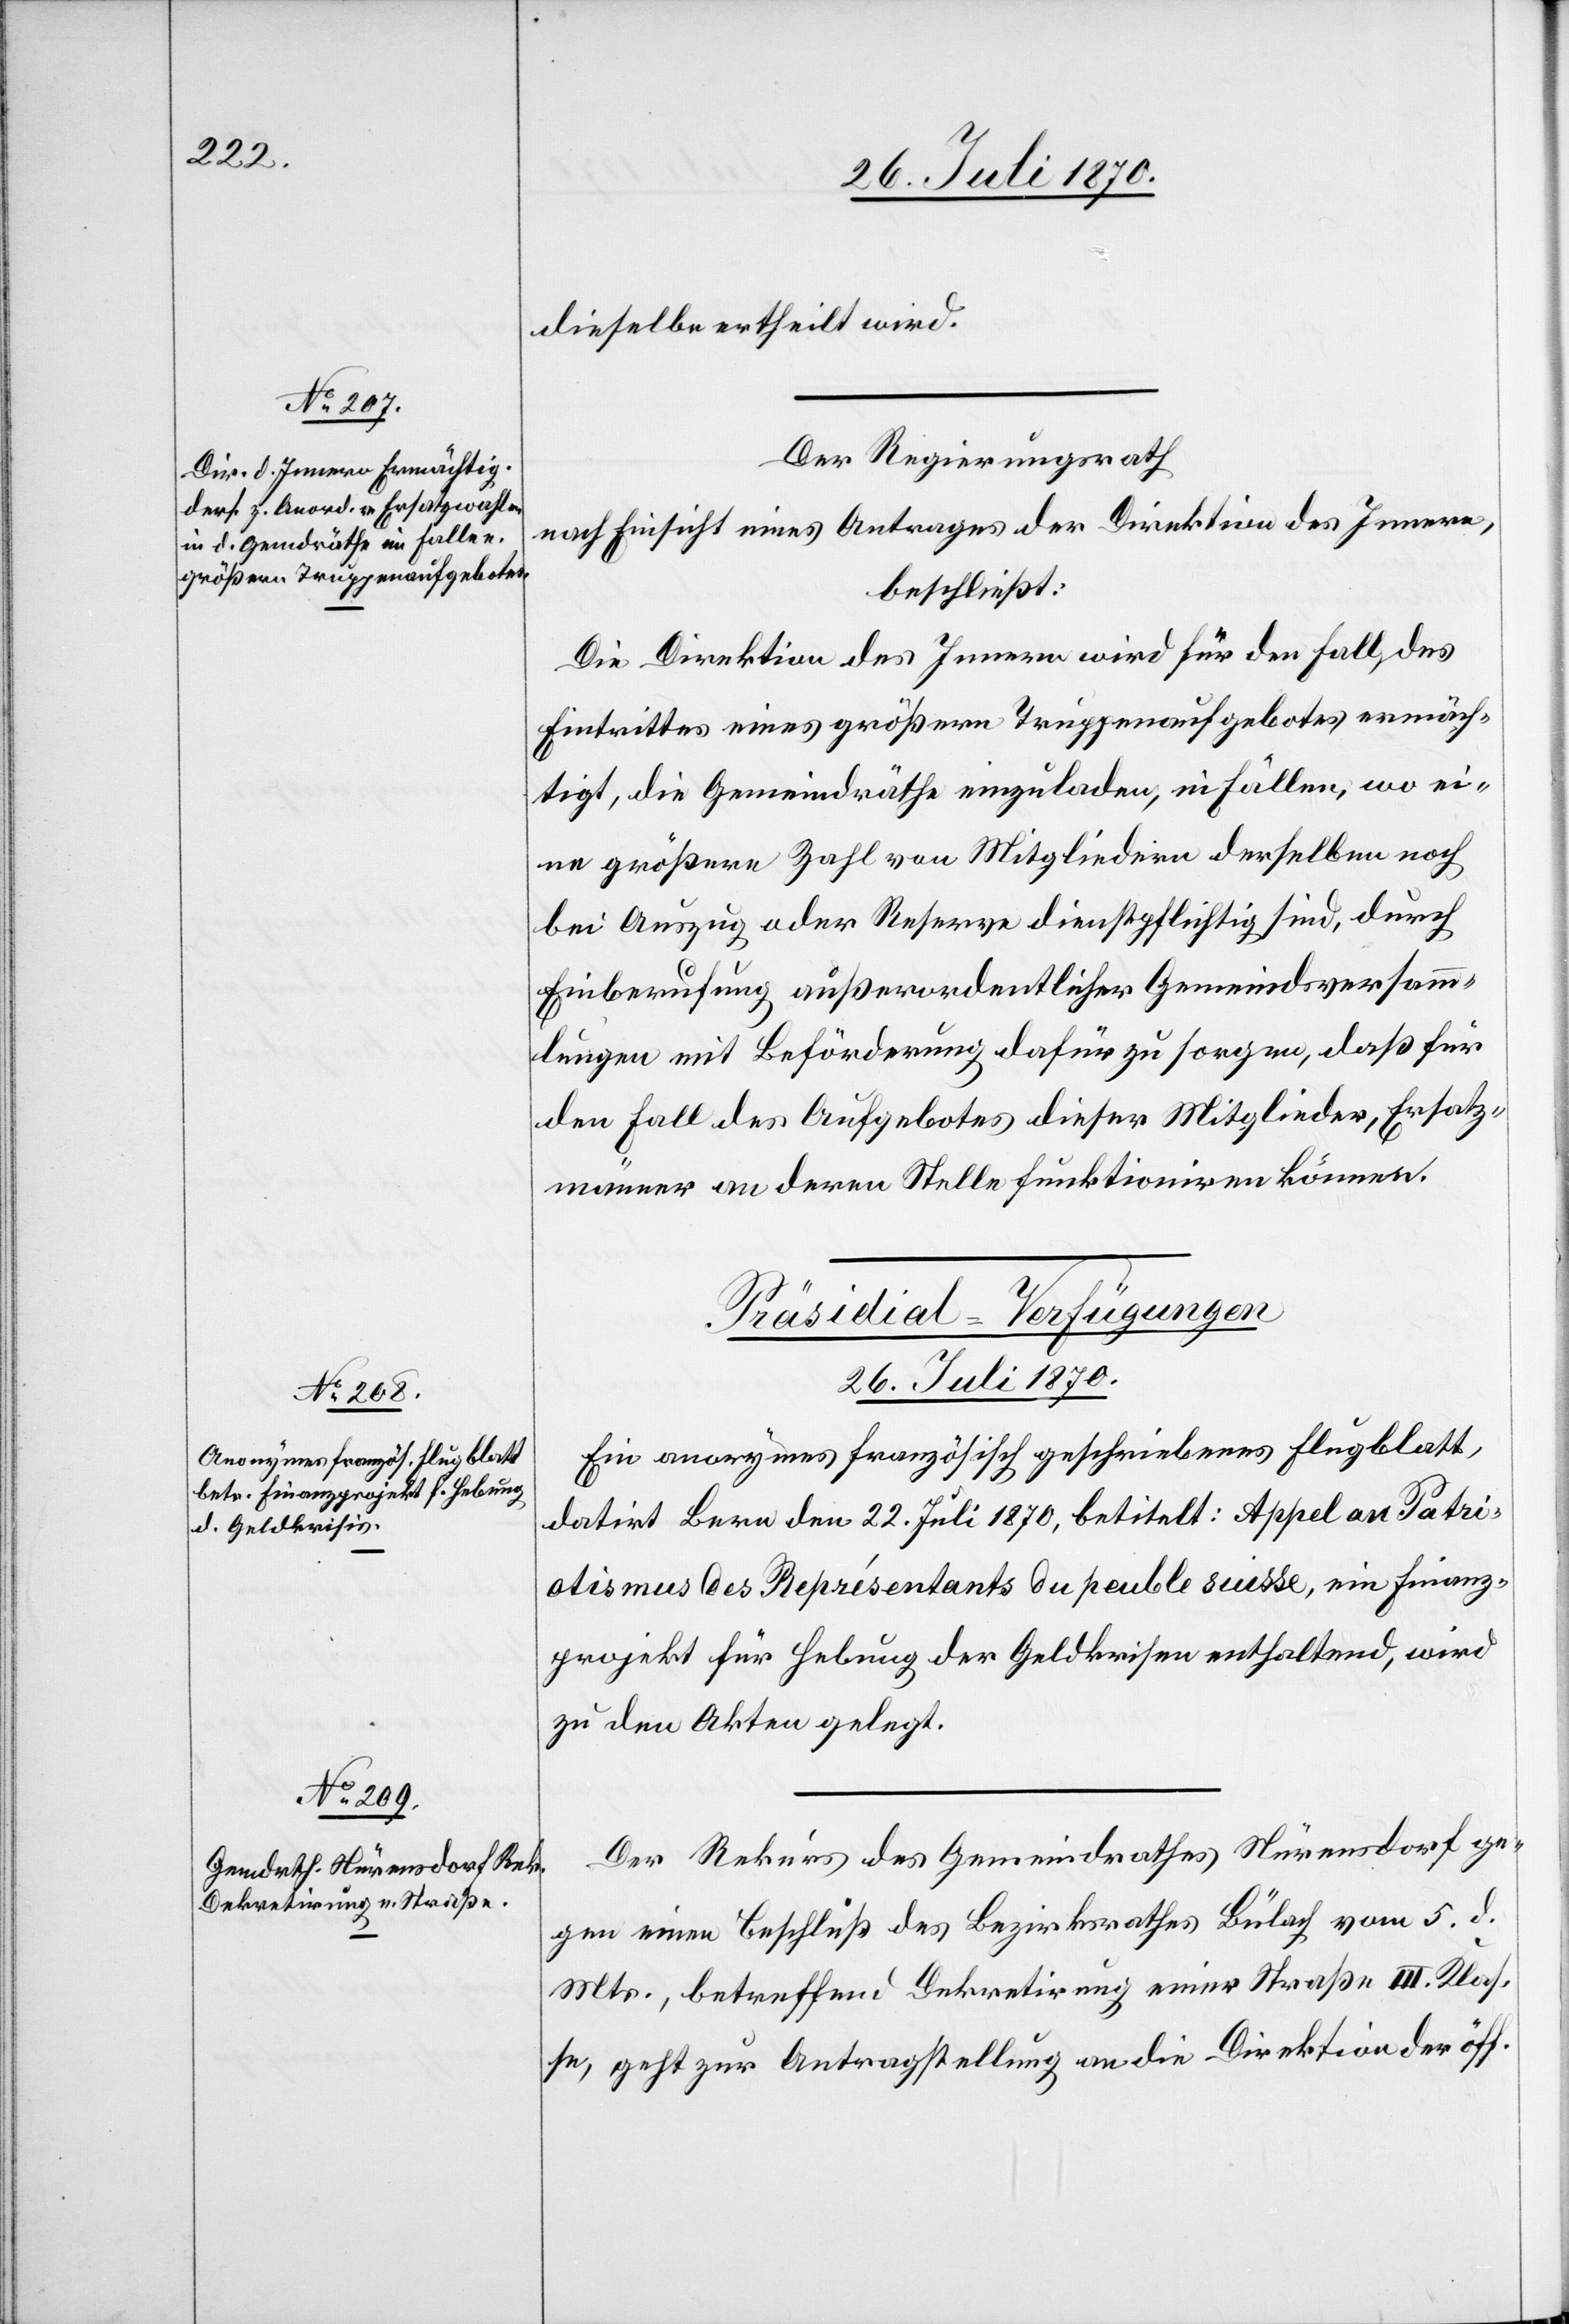
dieselbe ertheilt wird.
Der Regierungsrath
nach Einsicht eines Antrages der Direktion des Innern,
beschließt:
Die Direktion des Innern wird für den Fall des
Eintrittes eines größern Truppenaufgebotes ermäch¬
tigt, die Gemeindräthe einzuladen, in Fällen, wo ei¬
ne größere Zahl von Mitgliedern derselben noch
bei Auszug oder Reserve dienstpflichtig sind, durch
Einberufung außerordentlicher Gemeindsversamm¬
lungen mit Beförderung dafür zu sorgen, daß für
den Fall des Aufgebotes dieser Mitglieder, Ersatz¬
männer an deren Stelle funktionieren können.
[Präsidial-Verfügungen
26. Juli 1870.]
Ein anonymes französisch geschriebenes Flugblatt,
datirt Bern den 22. Juli 1870, betitelt: Appel an Patri¬
otismus des Représentants du peuble suisse [sic!], ein Finanz¬
projekt für Hebung der Geldkrisen enthaltend, wird
zu den Akten gelegt.
Der Rekurs des Gemeindrathes Nürensdorf ge¬
gen einen Beschluß des Bezirksrathes Bülach vom 5. d.
Mts., betreffend Dekretirung einer Straße III. Klas¬
se, geht zur Antragstellung an die Direktion der öff.